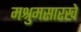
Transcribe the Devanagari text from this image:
मश्रुमसारखे